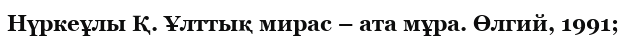
Нүркеұлы Қ. Ұлттық мирас – ата мұра. Өлгий, 1991;